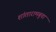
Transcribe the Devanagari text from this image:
शांतारामबुवा